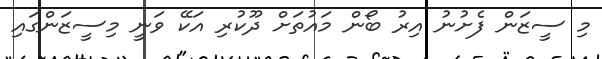
މި ސީޒަން ފެށުނު އިރު ބޯން މައުތަށް ދޫކުރި އަކޭ ވަނީ މިސީޒަންގައި